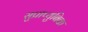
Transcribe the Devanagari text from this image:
सुप्राप्युबिक